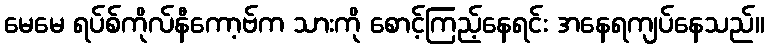
မေမေ ရပ်စ်ကိုလ်နီကော့ဗ်က သားကို စောင့်ကြည့်နေရင်း အနေရကျပ်နေသည်။